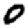
Digit: 0